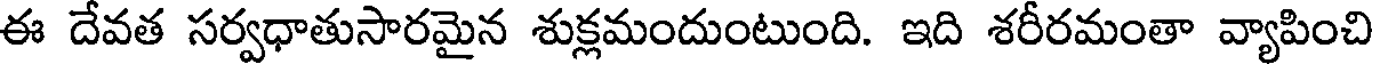
ఈ దేవత సర్వధాతుసారమైన శుక్లమందుంటుంది. ఇది శరీరమంతా వ్యాపించి